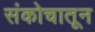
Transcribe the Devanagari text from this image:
संकोचातून